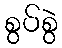
စွပ်စွဲ